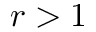
r > 1